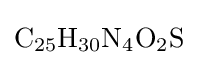
{\mathrm {C} {\vphantom {A}}_{\smash[{t}]{25}}\mathrm {H} {\vphantom {A}}_{\smash[{t}]{30}}\mathrm {N} {\vphantom {A}}_{\smash[{t}]{4}}\mathrm {O} {\vphantom {A}}_{\smash[{t}]{2}}\mathrm {S} }